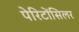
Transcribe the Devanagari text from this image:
पेरिटोंसिलर